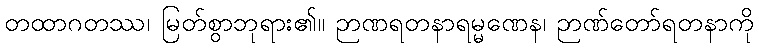
တထာဂတဿ၊ မြတ်စွာဘုရား၏။ ဉာဏရတနာရမ္မဏေန၊ ဉာဏ်တော်ရတနာကို